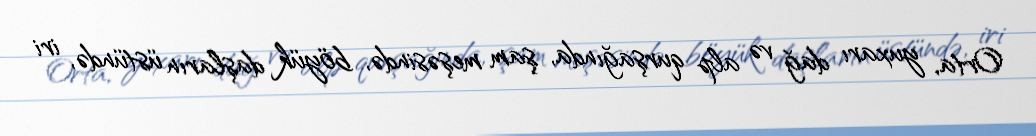
Orta, yuxarı dağ və alp qurşağında, şam meşəsində, böyük daşların üstündə, iri